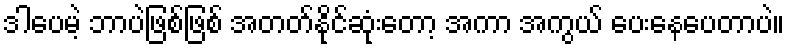
ဒါပေမဲ့ ဘာပဲဖြစ်ဖြစ် အတတ်နိုင်ဆုံးတော့ အကာ အကွယ် ပေးနေပေတာပဲ။